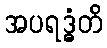
အပရဒ္ဓံတိ